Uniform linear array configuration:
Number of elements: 32
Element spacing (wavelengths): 0.75
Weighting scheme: kaiser
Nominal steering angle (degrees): -30
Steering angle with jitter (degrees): -29.559
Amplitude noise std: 0.05
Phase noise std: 0.05

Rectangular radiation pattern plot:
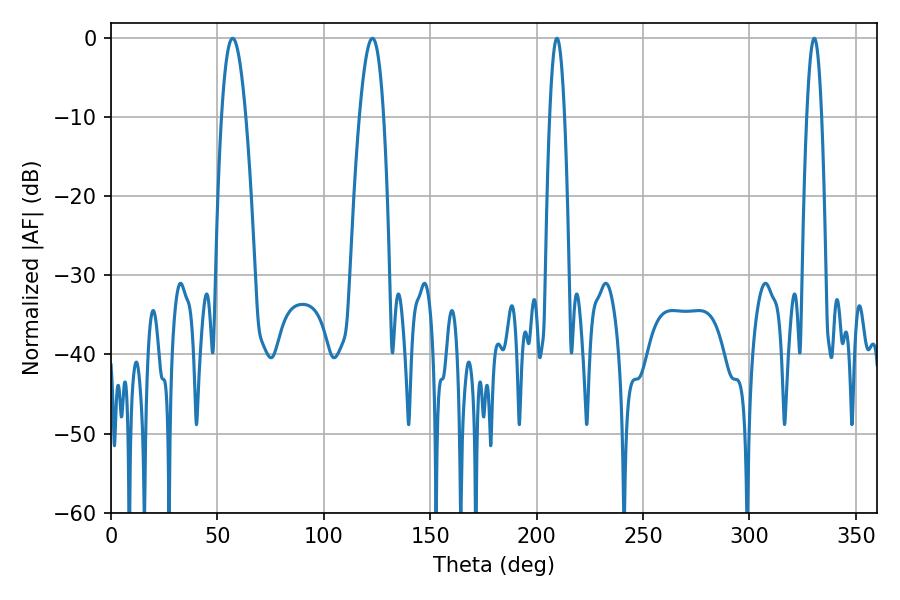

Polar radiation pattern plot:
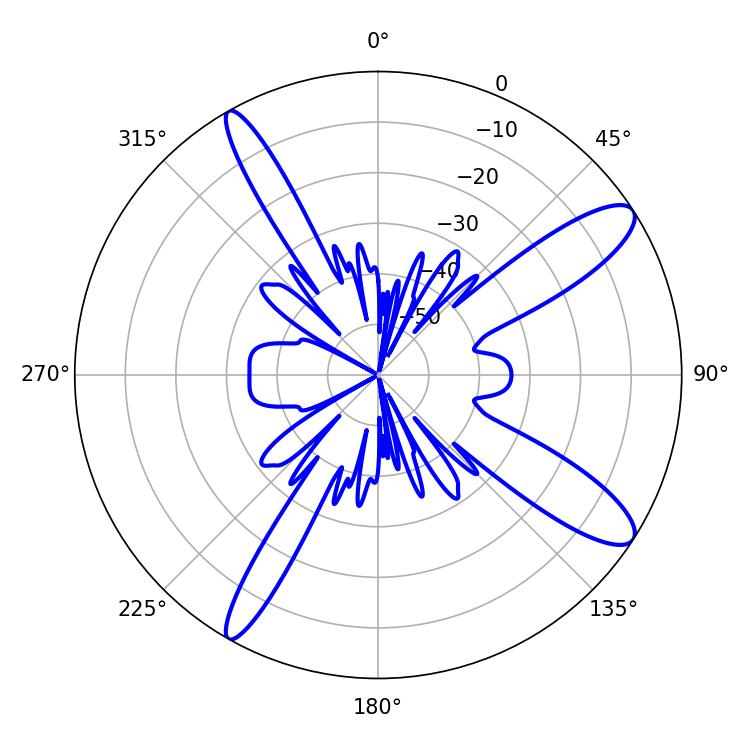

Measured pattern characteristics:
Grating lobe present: TRUE
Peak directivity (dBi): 11.982
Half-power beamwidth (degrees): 3.78
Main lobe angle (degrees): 209.52